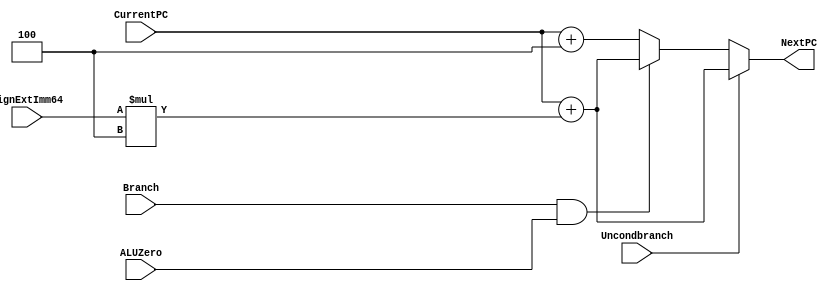
module NextPClogic(NextPC, CurrentPC, SignExtImm64, Branch, ALUZero, Uncondbranch); 
   input [63:0] CurrentPC, SignExtImm64; 
   input 	Branch, ALUZero, Uncondbranch; 
   output [63:0] NextPC; 

reg [63:0] newpc; //assigns temporary register for newpc to be assigned values in the always block
reg [63:0] Imm;  //assigns temporary register for imm to be assigned values in the always block


always @(*) begin //to be updated whenever any values changed
      if (Uncondbranch) begin //if uncondbranch is true, then newpc is set equal to 4 times SignExtImm64
        Imm = SignExtImm64*4;
        newpc = CurrentPC + Imm; end
      else if (Branch && ALUZero) begin //if Branch and ALUZero is true, then newpc is set equal to 4 times SignExtImm64
        Imm = SignExtImm64*4;
        newpc = CurrentPC + Imm; end
      else begin                   //if neither of the two if statements are true, then newpc is equal to currentPC + 4
        newpc = CurrentPC + 4; end 
        
end

assign NextPC = newpc; //assigns NextPC output, equal to the value assigned to newpc

endmodule